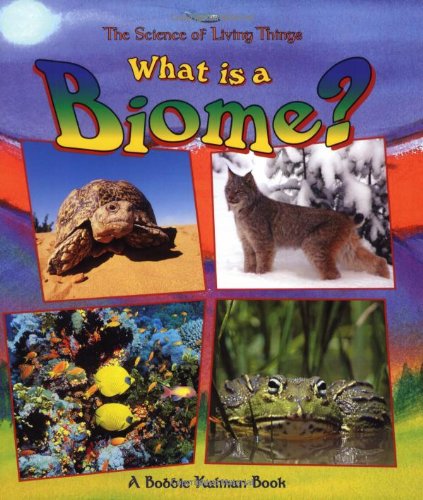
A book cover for What Is a Biome? (Science of Living Things); Bobbie Kalman; Children's Books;